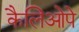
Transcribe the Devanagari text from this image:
कैलिओपे